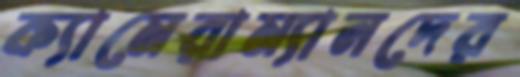
ক্যামেরাম্যানদের